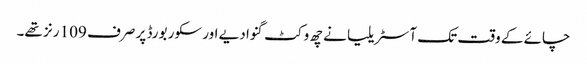
چائے کے وقت تک آسٹریلیا نے چھ وکٹ گنوا دیے اور سکور بورڈ پر صرف 109 رنز تھے۔